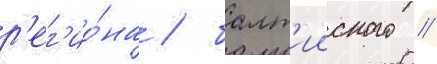
р'ег'ио́на / балт'ииского /